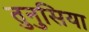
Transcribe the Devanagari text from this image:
तुनुसिया